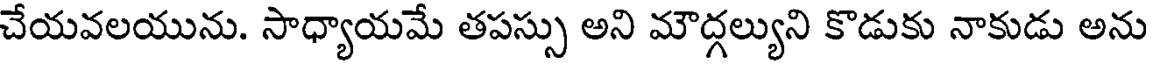
చేయవలయును. సాధ్యాయమే తపస్సు అని మౌద్గల్యుని కొడుకు నాకుడు అను